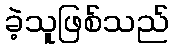
ခဲ့သူဖြစ်သည်